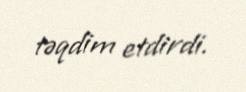
təqdim etdirdi.